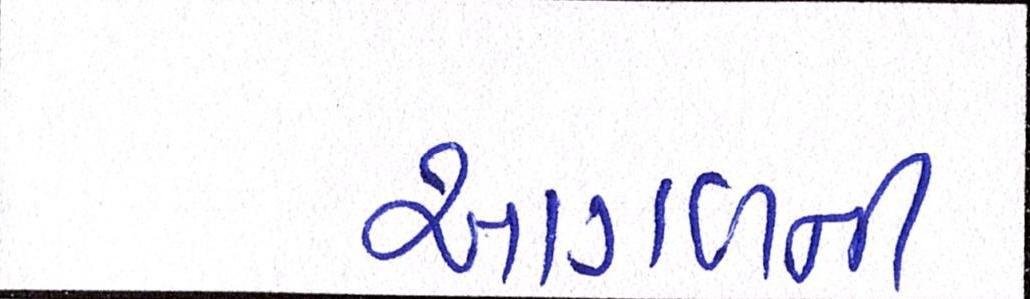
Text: આગળની